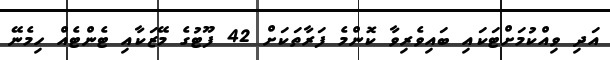
އަދި ވިއްކުމަށްޓަކައި ބައިވެރިވާ ކޮންމެ ފަރާތަކަށް 42 ފޫޓުގެ މޭޒަކާއި ޓެންޓެއް ހިމެނޭ